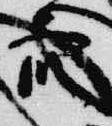
衆